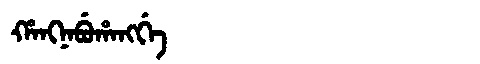
Manchu: ᡥᠠᠩᠨᠠᠪᡠᡥᠠᠩᡤᡝ
Romanization: HANGNABUHANGGE